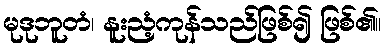
မုဒုဘူတံ၊ နူးညံ့ကုန်သည်ဖြစ်၍ ဖြစ်၏။